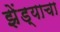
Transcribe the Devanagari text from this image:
झेंड्याचा